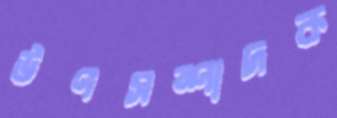
উপসম্পাদক